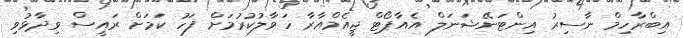
އިބްރާހިމް ނާސިރު އިންޓަނޭޝަނަލް އެއާޕޯޓް ޖީއެމްއާރާ ހަވާލުކުރުމަށް ފަހު ކަމަށް ރައީސް ވިދާޅުވި